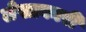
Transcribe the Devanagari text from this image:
लेखाकारी